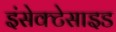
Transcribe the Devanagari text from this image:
इंसेक्टेसाइड